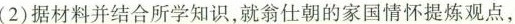
(2)据材料并结合所学知识，就翁仕朝的家国情怀提炼观点，